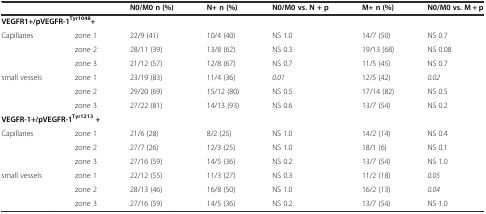
<table><thead><tr><td colspan="2"></td><td><b>N0/M0 n (%)</b></td><td><b>N+ n (%)</b></td><td><b>N0/M0 vs. N + p</b></td><td><b>M+ n (%)</b></td><td><b>N0/M0 vs. M + p</b></td></tr></thead><tbody><tr><td colspan="7"><b>VEGFR1+/pVEGFR-1</b><sup><b>Tyr1048</b></sup><b>+</b></td></tr><tr><td>Capillaries</td><td>zone 1</td><td>22/9 (41)</td><td>10/4 (40)</td><td>NS 1.0</td><td>14/7 (50)</td><td>NS 0.7</td></tr><tr><td></td><td>zone 2</td><td>28/11 (39)</td><td>13/8 (62)</td><td>NS 0.3</td><td>19/13 (68)</td><td>NS 0.08</td></tr><tr><td></td><td>zone 3</td><td>21/12 (57)</td><td>12/8 (67)</td><td>NS 0.7</td><td>11/5 (45)</td><td>NS 0.7</td></tr><tr><td>small vessels</td><td>zone 1</td><td>23/19 (83)</td><td>11/4 (36)</td><td><i>0.01</i></td><td>12/5 (42)</td><td><i>0.02</i></td></tr><tr><td></td><td>zone 2</td><td>29/20 (69)</td><td>15/12 (80)</td><td>NS 0.5</td><td>17/14 (82)</td><td>NS 0.5</td></tr><tr><td></td><td>zone 3</td><td>27/22 (81)</td><td>14/13 (93)</td><td>NS 0.6</td><td>13/7 (54)</td><td>NS 0.2</td></tr><tr><td colspan="7"><b>VEGFR-1+/pVEGFR-1</b><sup><b>Tyr1213</b></sup><b>+</b></td></tr><tr><td>Capillaries</td><td>zone 1</td><td>21/6 (28)</td><td>8/2 (25)</td><td>NS 1.0</td><td>14/2 (14)</td><td>NS 0.4</td></tr><tr><td></td><td>zone 2</td><td>27/7 (26)</td><td>12/3 (25)</td><td>NS 1.0</td><td>18/1 (6)</td><td>NS 0.1</td></tr><tr><td></td><td>zone 3</td><td>27/16 (59)</td><td>14/5 (36)</td><td>NS 0.2</td><td>13/7 (54)</td><td>NS 1.0</td></tr><tr><td>small vessels</td><td>zone 1</td><td>22/12 (55)</td><td>11/3 (27)</td><td>NS 0.3</td><td>11/2 (18)</td><td><i>0.05</i></td></tr><tr><td></td><td>zone 2</td><td>28/13 (46)</td><td>16/8 (50)</td><td>NS 1.0</td><td>16/2 (13)</td><td><i>0.04</i></td></tr><tr><td></td><td>zone 3</td><td>27/16 (59)</td><td>14/5 (36)</td><td>NS 0.2</td><td>13/7 (54)</td><td>NS 1.0</td></tr></tbody></table>